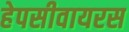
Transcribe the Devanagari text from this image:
हेपसीवायरस